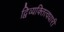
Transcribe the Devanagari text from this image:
द्विव्यक्तित्वधारी